画像に写った文字を読んでください
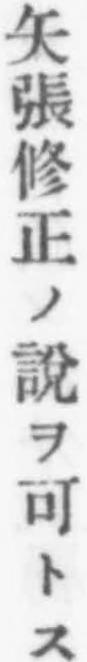
「矢張修正ノ說ヲ可トス」と書いてあります